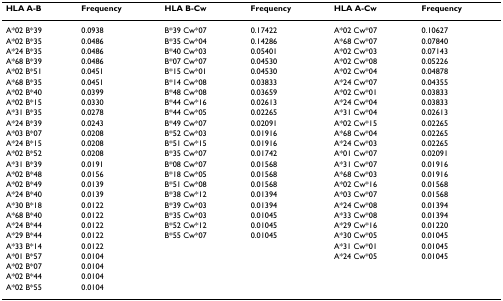
<table><thead><tr><td><b>HLA A-B</b></td><td><b>Frequency</b></td><td><b>HLA B-Cw</b></td><td><b>Frequency</b></td><td><b>HLA A-Cw</b></td><td><b>Frequency</b></td></tr></thead><tbody><tr><td>A*02 B*39</td><td>0.0938</td><td>B*39 Cw*07</td><td>0.17422</td><td>A*02 Cw*07</td><td>0.10627</td></tr><tr><td>A*02 B*35</td><td>0.0486</td><td>B*35 Cw*04</td><td>0.14286</td><td>A*68 Cw*07</td><td>0.07840</td></tr><tr><td>A*24 B*35</td><td>0.0486</td><td>B*40 Cw*03</td><td>0.05401</td><td>A*02 Cw*03</td><td>0.07143</td></tr><tr><td>A*68 B*39</td><td>0.0486</td><td>B*07 Cw*07</td><td>0.04530</td><td>A*02 Cw*08</td><td>0.05226</td></tr><tr><td>A*02 B*51</td><td>0.0451</td><td>B*15 Cw*01</td><td>0.04530</td><td>A*02 Cw*04</td><td>0.04878</td></tr><tr><td>A*68 B*35</td><td>0.0451</td><td>B*14 Cw*08</td><td>0.03833</td><td>A*24 Cw*07</td><td>0.04355</td></tr><tr><td>A*02 B*40</td><td>0.0399</td><td>B*48 Cw*08</td><td>0.03659</td><td>A*02 Cw*01</td><td>0.03833</td></tr><tr><td>A*02 B*15</td><td>0.0330</td><td>B*44 Cw*16</td><td>0.02613</td><td>A*24 Cw*04</td><td>0.03833</td></tr><tr><td>A*31 B*35</td><td>0.0278</td><td>B*44 Cw*05</td><td>0.02265</td><td>A*31 Cw*04</td><td>0.02613</td></tr><tr><td>A*24 B*39</td><td>0.0243</td><td>B*49 Cw*07</td><td>0.02091</td><td>A*02 Cw*15</td><td>0.02265</td></tr><tr><td>A*03 B*07</td><td>0.0208</td><td>B*52 Cw*03</td><td>0.01916</td><td>A*68 Cw*04</td><td>0.02265</td></tr><tr><td>A*24 B*15</td><td>0.0208</td><td>B*51 Cw*15</td><td>0.01916</td><td>A*24 Cw*03</td><td>0.02265</td></tr><tr><td>A*02 B*52</td><td>0.0208</td><td>B*35 Cw*07</td><td>0.01742</td><td>A*01 Cw*07</td><td>0.02091</td></tr><tr><td>A*31 B*39</td><td>0.0191</td><td>B*08 Cw*07</td><td>0.01568</td><td>A*31 Cw*07</td><td>0.01916</td></tr><tr><td>A*02 B*48</td><td>0.0156</td><td>B*18 Cw*05</td><td>0.01568</td><td>A*68 Cw*03</td><td>0.01916</td></tr><tr><td>A*02 B*49</td><td>0.0139</td><td>B*51 Cw*08</td><td>0.01568</td><td>A*02 Cw*16</td><td>0.01568</td></tr><tr><td>A*24 B*40</td><td>0.0139</td><td>B*38 Cw*12</td><td>0.01394</td><td>A*03 Cw*07</td><td>0.01568</td></tr><tr><td>A*30 B*18</td><td>0.0122</td><td>B*39 Cw*03</td><td>0.01394</td><td>A*24 Cw*08</td><td>0.01394</td></tr><tr><td>A*68 B*40</td><td>0.0122</td><td>B*35 Cw*03</td><td>0.01045</td><td>A*33 Cw*08</td><td>0.01394</td></tr><tr><td>A*24 B*44</td><td>0.0122</td><td>B*52 Cw*12</td><td>0.01045</td><td>A*29 Cw*16</td><td>0.01220</td></tr><tr><td>A*29 B*44</td><td>0.0122</td><td>B*55 Cw*07</td><td>0.01045</td><td>A*30 Cw*05</td><td>0.01045</td></tr><tr><td>A*33 B*14</td><td>0.0122</td><td></td><td></td><td>A*31 Cw*01</td><td>0.01045</td></tr><tr><td>A*01 B*57</td><td>0.0104</td><td></td><td></td><td>A*24 Cw*05</td><td>0.01045</td></tr><tr><td>A*02 B*07</td><td>0.0104</td><td></td><td></td><td></td><td></td></tr><tr><td>A*02 B*44</td><td>0.0104</td><td></td><td></td><td></td><td></td></tr><tr><td>A*02 B*55</td><td>0.0104</td><td></td><td></td><td></td><td></td></tr></tbody></table>